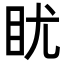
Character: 𪾡